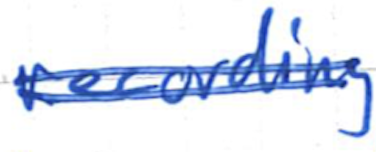
Text: recording
Cross-out: double-line
Writing tool: ballpoint